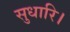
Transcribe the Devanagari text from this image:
सुधारि।